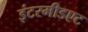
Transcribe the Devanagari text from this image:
इंटरमीडएट